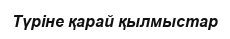
Түріне қарай қылмыстар